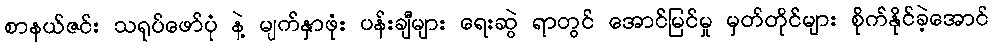
စာနယ်ဇင်း သရုပ်ဖော်ပုံ နဲ့ မျက်နှာဖုံး ပန်းချီများ ရေးဆွဲ ရာတွင် အောင်မြင်မှု မှတ်တိုင်များ စိုက်နိုင်ခဲ့အောင်